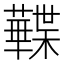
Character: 𧃹